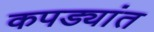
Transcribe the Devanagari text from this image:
कपड्यांत